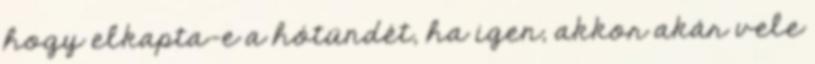
hogy elkapta-e a hótündét, ha igen, akkor akár vele